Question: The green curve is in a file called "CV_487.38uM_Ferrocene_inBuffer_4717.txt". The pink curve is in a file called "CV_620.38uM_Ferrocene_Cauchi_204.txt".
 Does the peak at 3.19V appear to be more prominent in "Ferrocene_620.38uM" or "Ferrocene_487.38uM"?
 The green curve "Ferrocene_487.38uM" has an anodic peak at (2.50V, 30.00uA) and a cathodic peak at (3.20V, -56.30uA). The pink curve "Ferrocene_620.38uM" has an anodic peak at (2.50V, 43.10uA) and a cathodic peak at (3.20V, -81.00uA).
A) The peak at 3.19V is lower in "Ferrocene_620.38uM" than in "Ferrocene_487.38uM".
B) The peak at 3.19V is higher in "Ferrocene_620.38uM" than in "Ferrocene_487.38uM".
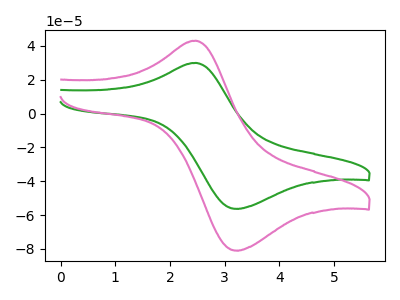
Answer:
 <answer>B) The peak at 3.19V is higher in "Ferrocene_620.38uM" than in "Ferrocene_487.38uM".</answer>
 <eval>B</eval>